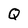
Character: Q